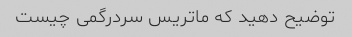
توضیح دهید که ماتریس سردرگمی چیست